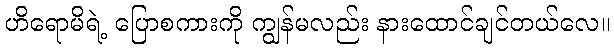
ဟိရောမိရဲ့ ပြောစကားကို ကျွန်မလည်း နားထောင်ချင်တယ်လေ။